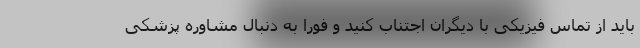
باید از تماس فیزیکی با دیگران اجتناب کنید و فورا به دنبال مشاوره پزشکی